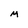
Character: M